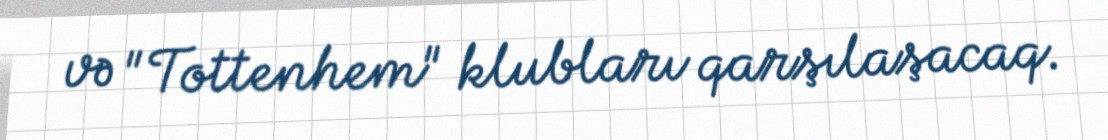
və "Tottenhem" klubları qarşılaşacaq.